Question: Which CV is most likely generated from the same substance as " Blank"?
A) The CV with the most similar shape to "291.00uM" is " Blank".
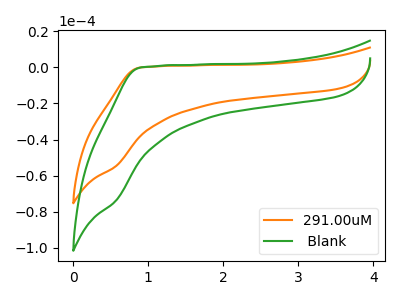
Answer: <think>The orange curve "291.00uM" has no peaks. The green curve " Blank" has no peaks.
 Neither "291.00uM" or " Blank" have any peaks.</think>
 <answer>A) The CV with the most similar shape to "291.00uM" is " Blank".</answer>
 <eval>A</eval>